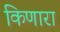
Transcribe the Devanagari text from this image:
किणारा